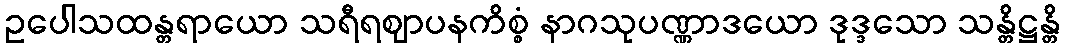
ဥပေါသထန္တရာယော သရီရဈာပနကိစ္စံ နာဂသုပဏ္ဏာဒယော ဒုဒ္ဒသော သန္တိဋ္ဌန္တိ